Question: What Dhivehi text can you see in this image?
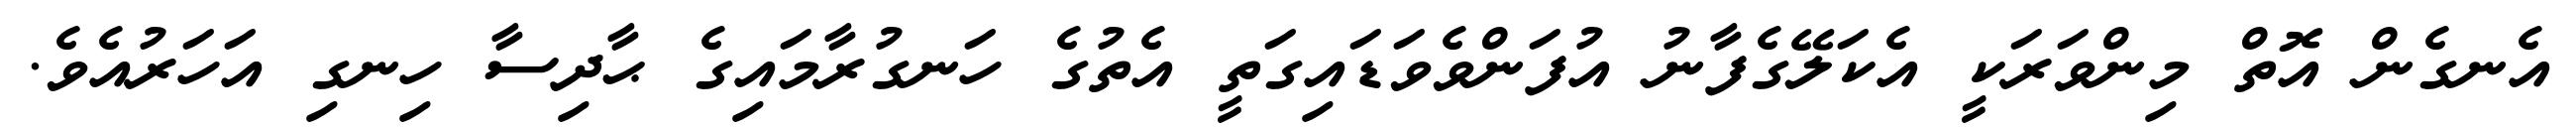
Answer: އެނގެން އޮތް މިންވަރަކީ އެކަލޭގެފާނު އުފަންވެވަޑައިގަތީ އެތުގެ ހަނގުރާމައިގެ ޙާދިސާ ހިނގި އަހަރުއެވެ.